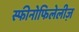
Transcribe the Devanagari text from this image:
स्फीनोफिलेलीज़